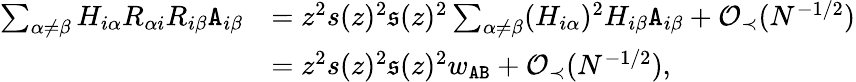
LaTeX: \begin{array}{rl}{\sum_{\alpha\neq\beta}H_{i\alpha}R_{\alpha i}R_{i\beta}{\texttt A}_{i\beta}}&{=z^{2}s(z)^{2}\mathfrak{s}(z)^{2}\sum_{\alpha\neq\beta}(H_{i\alpha})^{2}H_{i\beta}{\texttt A}_{i\beta}+{\mathcal O}_{\prec}(N^{-1/2})}\\ &{=z^{2}s(z)^{2}\mathfrak{s}(z)^{2}w_{{\texttt A}{\texttt B}}+{\mathcal O}_{\prec}(N^{-1/2}),}\end{array}